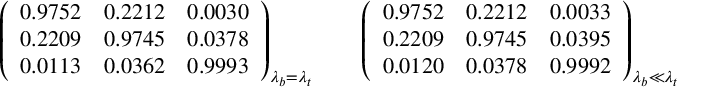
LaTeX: \left( \begin{array} { c c c } { { 0 . 9 7 5 2 } } & { { 0 . 2 2 1 2 } } & { { 0 . 0 0 3 0 } } \\ { { 0 . 2 2 0 9 } } & { { 0 . 9 7 4 5 } } & { { 0 . 0 3 7 8 } } \\ { { 0 . 0 1 1 3 } } & { { 0 . 0 3 6 2 } } & { { 0 . 9 9 9 3 } } \end{array} \right) _ { \lambda _ { b } = \lambda _ { t } } \qquad \left( \begin{array} { c c c } { { 0 . 9 7 5 2 } } & { { 0 . 2 2 1 2 } } & { { 0 . 0 0 3 3 } } \\ { { 0 . 2 2 0 9 } } & { { 0 . 9 7 4 5 } } & { { 0 . 0 3 9 5 } } \\ { { 0 . 0 1 2 0 } } & { { 0 . 0 3 7 8 } } & { { 0 . 9 9 9 2 } } \end{array} \right) _ { \lambda _ { b } \ll \lambda _ { t } }